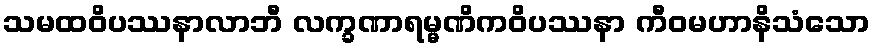
သမထဝိပဿနာလာဘီ လက္ခဏာရမ္မဏိကဝိပဿနာ ကီဝမဟာနိသံသော